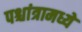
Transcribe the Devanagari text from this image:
पश्चांत्रामध्ये